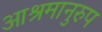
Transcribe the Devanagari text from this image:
आश्रमानुरुप